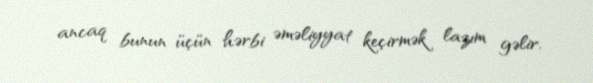
ancaq bunun üçün hərbi əməliyyat keçirmək lazım gəlir.